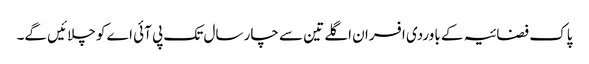
پاک فضائیہ کے باوردی افسران اگلے تین سے چار سال تک پی آئی اے کو چلائیں گے۔